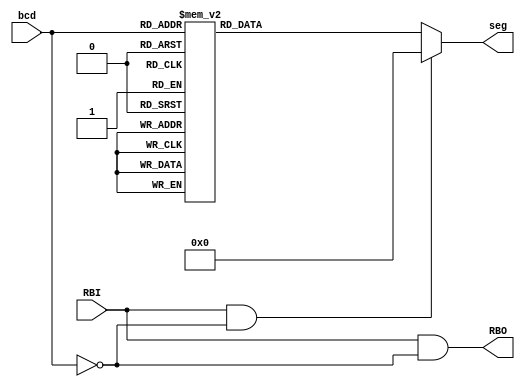
module bcd_to_7seg_74ls47 (
    input [3:0] bcd,        // 4-bit BCD input
    input RBI,              // Ripple Blanking Input
    output reg [6:0] seg,   // 7-segment display output (a to g)
    output RBO              // Ripple Blanking Output
);

    assign RBO = RBI & (bcd == 4'b0000);

    always @(bcd or RBI) begin
        if (RBI == 1 && bcd == 4'b0000) begin
            seg = 7'b0000000; // Blank display when RBI is active and BCD is 0
        end else begin
            case (bcd)
                4'b0000: seg = 7'b1111110; // 0
                4'b0001: seg = 7'b0110000; // 1
                4'b0010: seg = 7'b1101101; // 2
                4'b0011: seg = 7'b1111001; // 3
                4'b0100: seg = 7'b0110011; // 4
                4'b0101: seg = 7'b1011011; // 5
                4'b0110: seg = 7'b1011111; // 6
                4'b0111: seg = 7'b1110000; // 7
                4'b1000: seg = 7'b1111111; // 8
                4'b1001: seg = 7'b1111011; // 9
                4'b1010: seg = 7'b1110111; // A
                4'b1011: seg = 7'b0011111; // B
                4'b1100: seg = 7'b1001110; // C
                4'b1101: seg = 7'b0111101; // D
                4'b1110: seg = 7'b1001111; // E
                4'b1111: seg = 7'b1000111; // F
                default: seg = 7'b0000000; // off
            endcase
        end
    end
endmodule